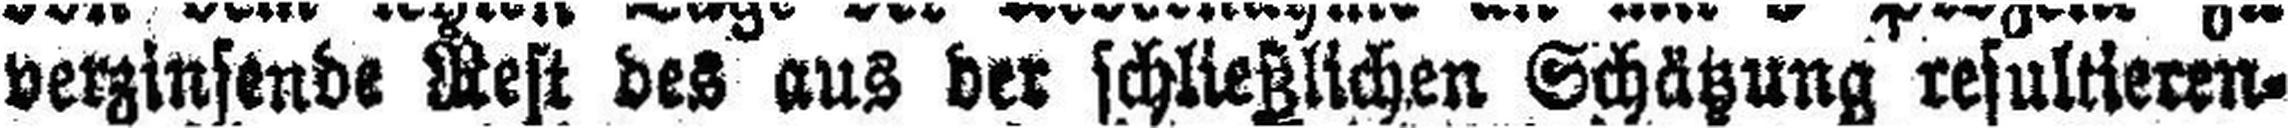
verzinsende Rest des aus der schließlichen Schätzung resultieren¬